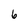
Character: 6